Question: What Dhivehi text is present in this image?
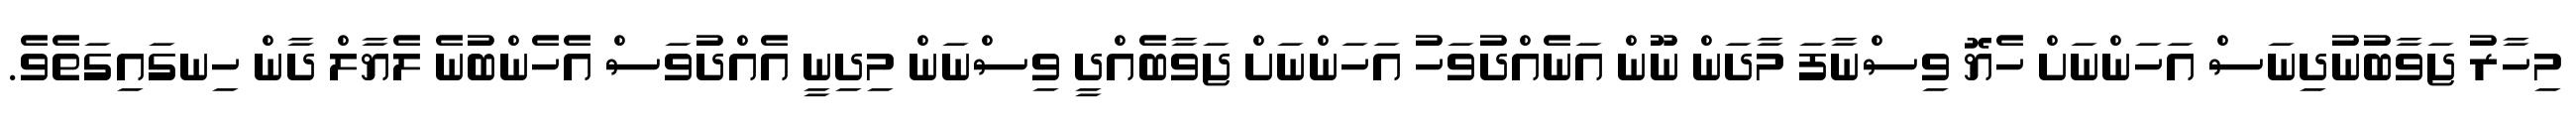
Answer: މިހާރު ޖަވާބުނުދިނަސް އަހަންނަށް ހެޔޮ ވިސްނާފަ މާދަން ނޫން އަނެއްދުވަހު އަހަންނަށް ޖަވާބެއްދީ ވިސްނަން މިދިނީ އެއްދުވަސް އެހެންބުނެ ލެޔާލް ދާން ހިނގައިގަތެވެ.